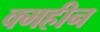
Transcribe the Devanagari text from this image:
क्महीन